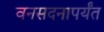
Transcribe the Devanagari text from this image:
वनसदनापर्यंत